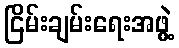
ငြိမ်းချမ်းရေးအဖွဲ့